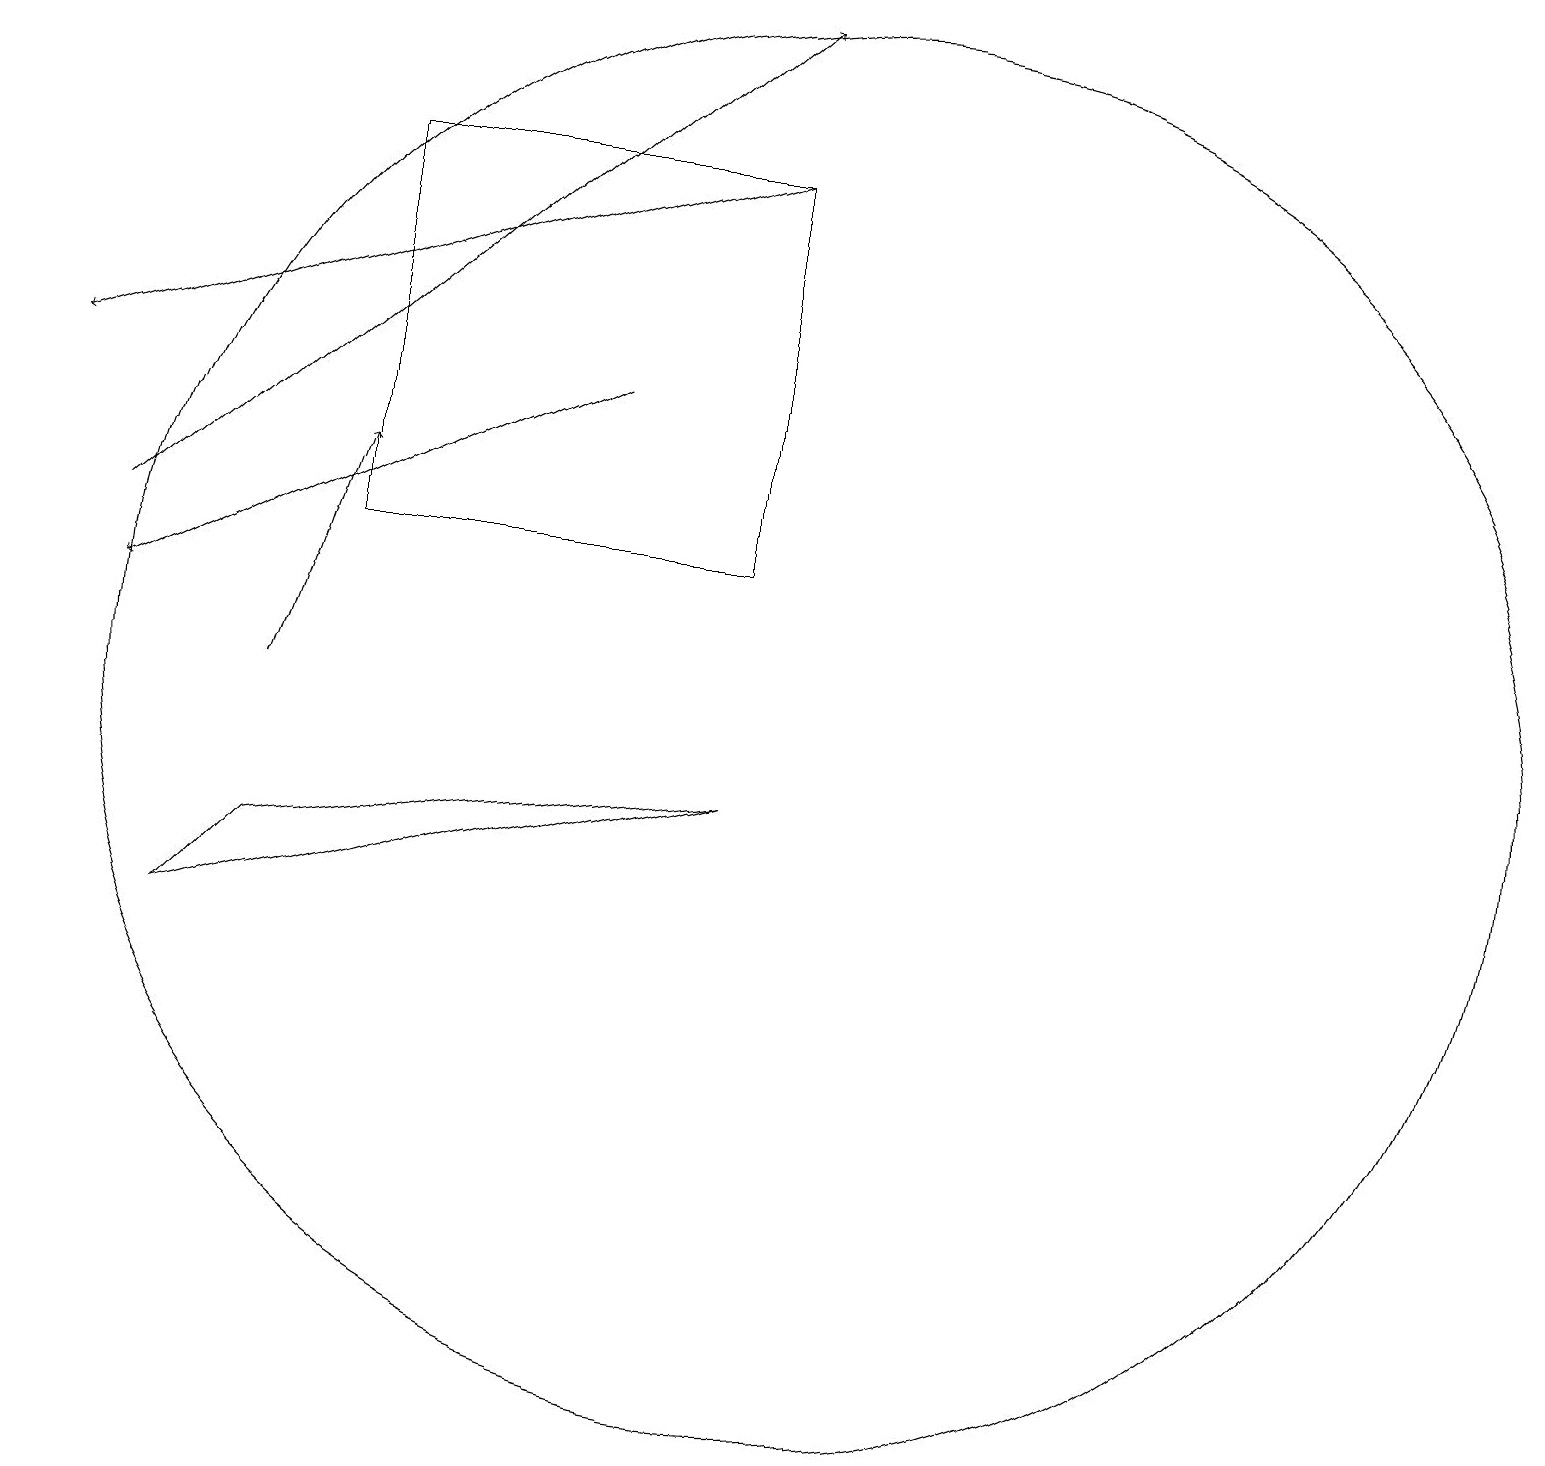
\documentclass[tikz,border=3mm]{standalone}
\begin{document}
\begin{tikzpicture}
\draw[->] (3,10) -- (4,13);
\draw (9,17) rectangle (4,12);
\draw[->] (1,12) -- (9,19);
\draw[->] (7,14) -- (1,11);
\draw (9,9) -- (2,7) -- (3,8) -- cycle;
\draw[->] (9,17) -- (0,14);
\draw (10,10) circle (9);
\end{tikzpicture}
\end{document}